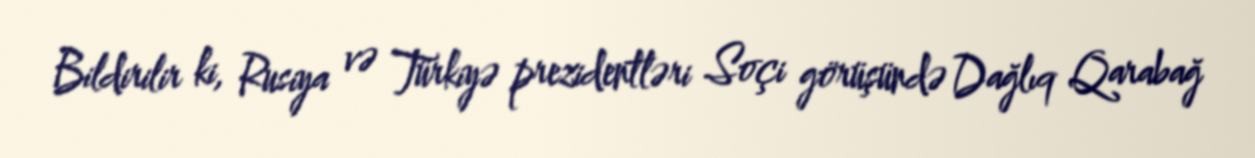
Bildirilir ki, Rusiya və Türkiyə prezidentləri Soçi görüşündə Dağlıq Qarabağ